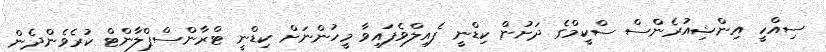
ސިއްހީ އިންޝިއުރެންސް ސްކީމްގެ ދަށުން ކިޑްނީ ފެއިލްވެފައިވާ މީހުންނަށް ކިޑްނީ ޓްރާންސްޕްލާންޓް ކުރެވެންދެން